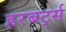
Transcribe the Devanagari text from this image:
हरबर्ट्स